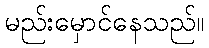
မည်းမှောင်နေသည်။